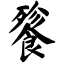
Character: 餮